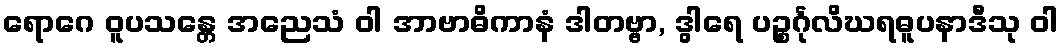
ရောဂေ ဝူပသန္တေ အညေသံ ဝါ အာဗာဓိကာနံ ဒါတဗ္ဗာ, ဒွါရေ ပဉ္စင်္ဂုလိဃရဓူပနာဒီသု ဝါ